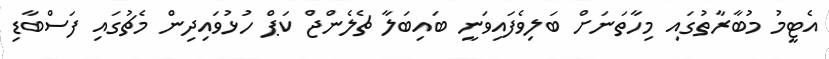
އެޓީމު މުބާރާތުގައި މިހާތަނަށް ބަލިވެފައިވަނީ ބައިބަލާ ޗެލެންޖް ކަޕް ހުޅުވައިދިން މެޗުގައި ފަސްބާޑި